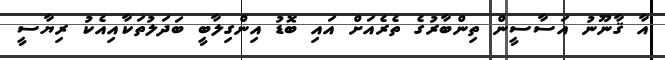
އާ ޤާނޫނު އަސާސީން ތިންބާރުގެ ތެރެއަށް އައި ބޮޑު އިންގިލާބީ ބަދަލުތަކާއިއެކު ރިޔާސީ